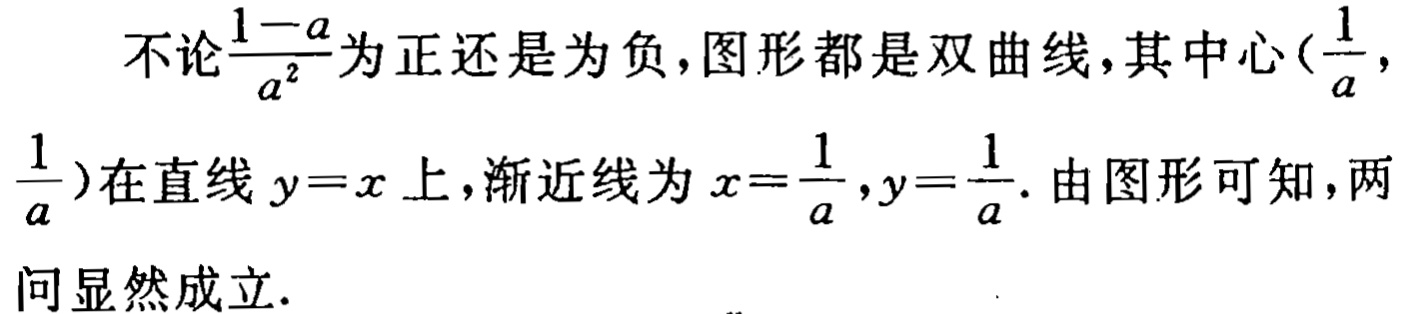
不论$\frac{1 - a}{a^{2}}$为正还是为负，图形都是双曲线，其中心$(\frac{1}{a}, \frac{1}{a})$在直线$y = x$上，渐近线为$x = \frac{1}{a},y = \frac{1}{a}$. 由图形可知，两问显然成立.